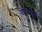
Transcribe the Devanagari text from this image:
वेलेन्टीनो